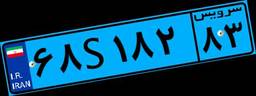
۶۸S۱۸۲۸۳